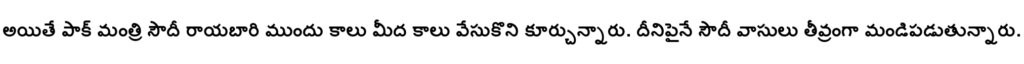
అయితే పాక్ మంత్రి సౌదీ రాయబారి ముందు కాలు మీద కాలు వేసుకొని కూర్చున్నారు. దీనిపైనే సౌదీ వాసులు తీవ్రంగా మండిపడుతున్నారు.